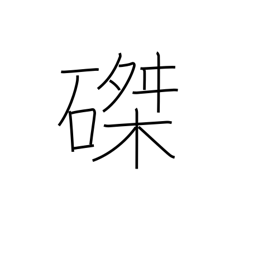
Meaning: crucifixion